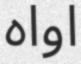
اواه